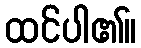
ထင်ပါ၏။